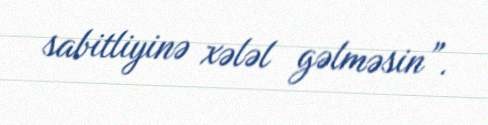
sabitliyinə xələl gəlməsin”.